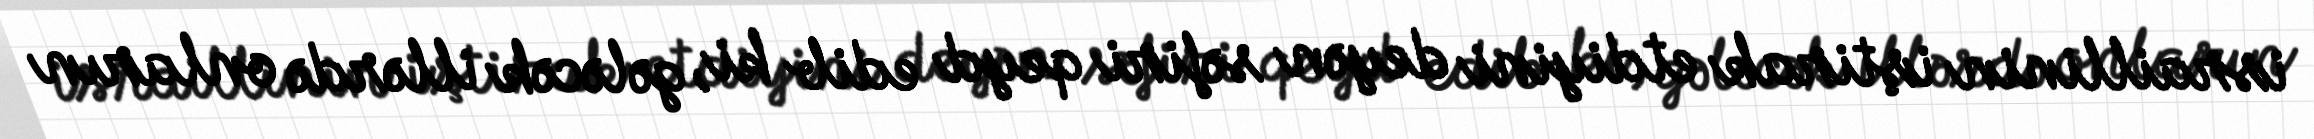
israillinin iştirak etdiyini deyən səfiri qeyd edib ki, gələcək illərdə onların